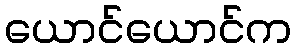
ယောင်ယောင်က